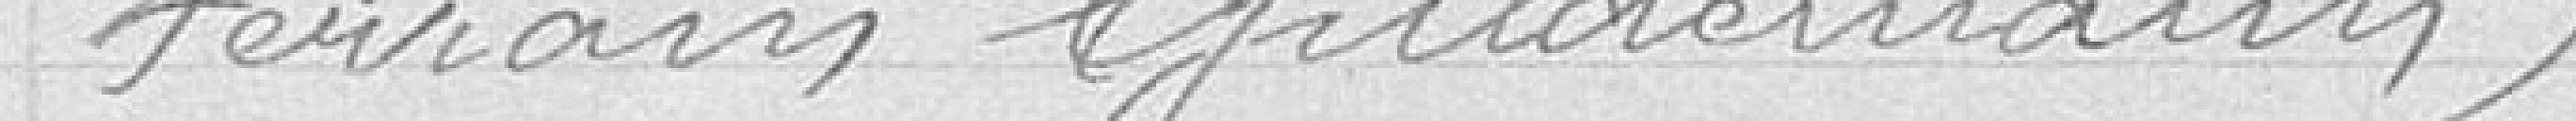
terrain Guldermann